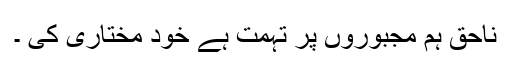
ناحق ہم مجبوروں پر تہمت ہے خود مختاری کی ۔